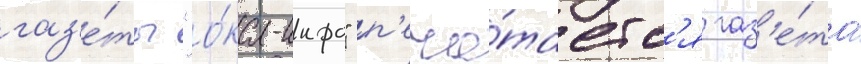
газ'е́ты "о́ка-инфо" п'еча́таетс'я газ'е́та